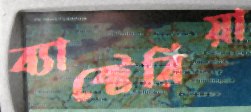
ব্যাক্টেরিয়া